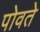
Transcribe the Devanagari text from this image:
पोवते